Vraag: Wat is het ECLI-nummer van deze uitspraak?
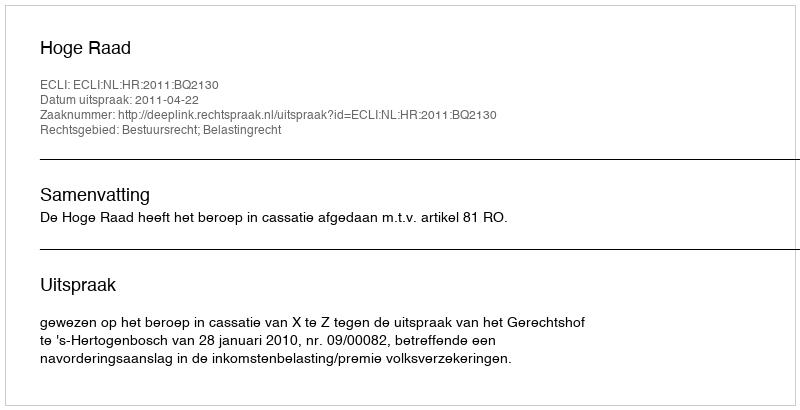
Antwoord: ECLI:NL:HR:2011:BQ2130